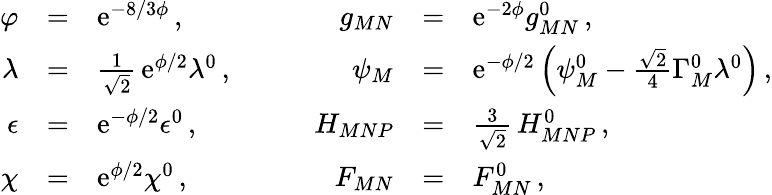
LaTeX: \begin{array}{rclcrcl}{{\varphi}}&{{=}}&{{\mathrm{e}^{-8/3\phi}\, ,}}&{{\quad}}&{{g_{MN}}}&{{=}}&{{\mathrm{e}^{-2\phi}g_{MN}^{0}\, ,}}\\ {{\lambda}}&{{=}}&{{\frac{1}{\sqrt 2}\, \mathrm{e}^{\phi/2}\lambda^{0}\, ,}}&{{\quad}}&{{\psi_{M}}}&{{=}}&{{\mathrm{e}^{-\phi/2}\left(\psi_{M}^{0}-\frac{\sqrt{2}}{4}\Gamma_{M}^{0}\lambda^{0}\right)\, ,}}\\ {{\epsilon}}&{{=}}&{{\mathrm{e}^{-\phi/2}\epsilon^{0}\, ,}}&{{\quad}}&{{H_{MNP}}}&{{=}}&{{\frac{3}{\sqrt 2}\, H_{MNP}^{0}\, ,}}\\ {{\chi}}&{{=}}&{{\mathrm{e}^{\phi/2}\chi^{0}\, ,}}&{{\quad}}&{{F_{MN}}}&{{=}}&{{F_{MN}^{0}\, ,}}\end{array}